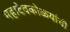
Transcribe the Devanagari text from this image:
महादेवकोळ्यांची